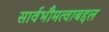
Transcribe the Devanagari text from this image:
सार्वभौमत्वाबद्दल